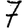
Digit: 7